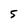
Character: 5